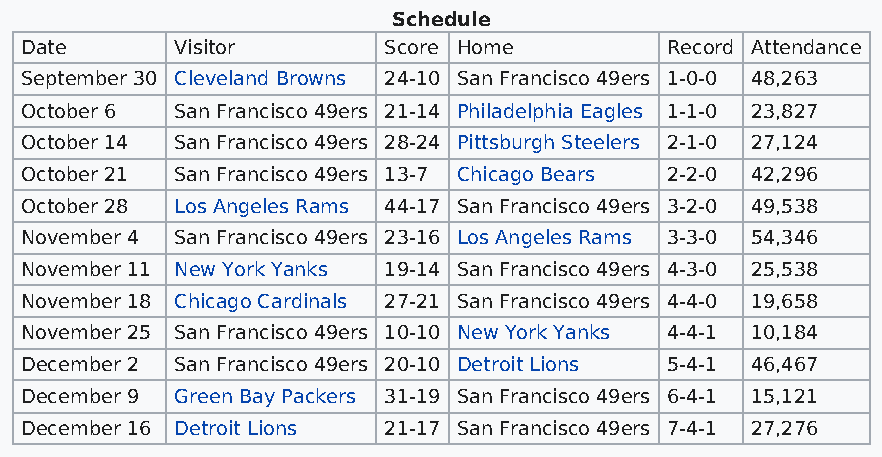
Schedule
 Date       Visitor      Score Home         Record Attendance
 September 30 Cleveland Browns 24-10 San Francisco 49ers 1-0-0 48,263
 October 6  San Francisco 49ers 21-14 Philadelphia Eagles 1-1-0 23,827
 October 14 San Francisco 49ers 28-24 Pittsburgh Steelers 2-1-0 27,124
 October 21 San Francisco 49ers 13-7 Chicago Bears 2-2-0 42,296
 October 28 Los Angeles Rams 44-17 San Francisco 49ers 3-2-0 49,538
 November 4 San Francisco 49ers 23-16 Los Angeles Rams 3-3-0 54,346
 November 11 New York Yanks 19-14 San Francisco 49ers 4-3-0 25,538
 November 18 Chicago Cardinals 27-21 San Francisco 49ers 4-4-0 19,658
 November 25 San Francisco 49ers 10-10 New York Yanks 4-4-1 10,184
 December 2 San Francisco 49ers 20-10 Detroit Lions 5-4-1 46,467
 December 9 Green Bay Packers 31-19 San Francisco 49ers 6-4-1 15,121
 December 16 Detroit Lions 21-17 San Francisco 49ers 7-4-1 27,276